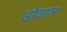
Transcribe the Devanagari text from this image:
डोवगर